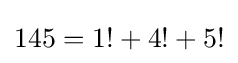
145=1!+4!+5!